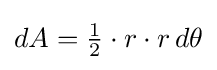
{\textstyle dA={\frac {1}{2}}\cdot r\cdot r\,d\theta }